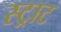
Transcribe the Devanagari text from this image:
स्ट्राट